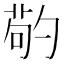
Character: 𠣷